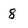
Character: 8